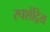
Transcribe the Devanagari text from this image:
स्पशेंद्रिय